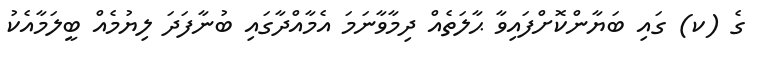
ގެ (ކ) ގައި ބަޔާންކޮށްފައިވާ ޙާލަތެއް ދިމާވާނަމަ އެމާއްދާގައި ބުނާފަދަ ލިޔުމެއް ބީލަމާއެކު